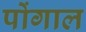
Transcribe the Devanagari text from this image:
पोंगाल